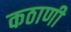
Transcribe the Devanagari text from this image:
कठाणी